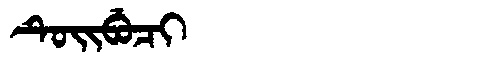
Manchu: ᡨᡠᡳᠪᡠᠴᡳ
Romanization: TUIBUCI